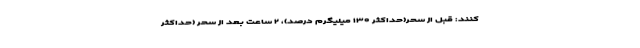
کنند: قبل از سحر(حداکثر ۱۳۰ میلیگرم درصد)، ۲ ساعت بعد از سحر (حداکثر